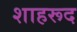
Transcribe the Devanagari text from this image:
शाहरूद